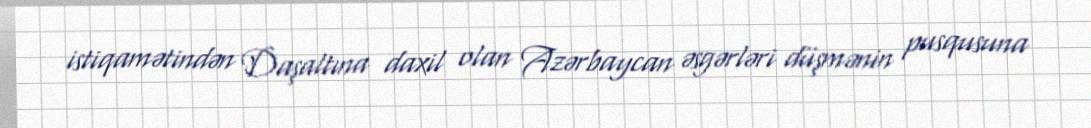
istiqamətindən Daşaltına daxil olan Azərbaycan əsgərləri düşmənin pusqusuna